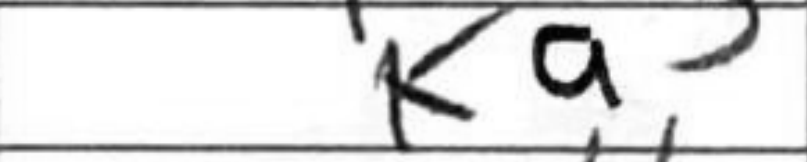
Transcription: Ka3